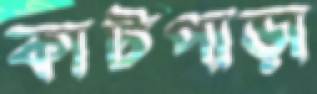
কাটপাড়া